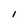
Character: I